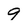
Character: 9